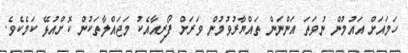
ހަމައަށް އައުމުން ނުވަތަ އަންނަން ތައްޔާރުވުމުން ވަރަށް ފޯރިއާއެކު މަޖައްލާތަކުން ކޮށްއުޅޭ ކަމެކެވެ.